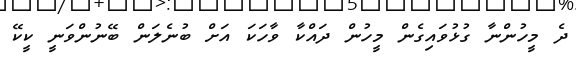
ދެ މީހުންނާ ގުޅުވައިގެން މީހުން ދައްކާ ވާހަކަ އަށް ބުނެލަން ބޭނުންވަނީ ކީކޭ